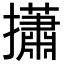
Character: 𢸳